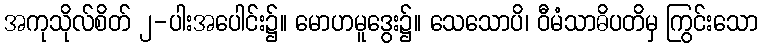
အကုသိုလ်စိတ် ၂-ပါးအပေါင်း၌။ မောဟမူဒွေး၌။ သေသောပိ၊ ဝီမံသာဓိပတိမှ ကြွင်းသော